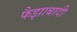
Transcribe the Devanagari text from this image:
फैझाबादी